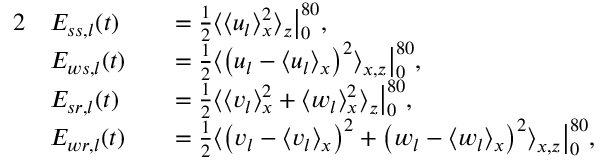
\begin{array} { r l r l } { { 2 } } & { E _ { s s , l } ( t ) } & & { = \frac { 1 } { 2 } \big \langle \langle u _ { l } \rangle _ { x } ^ { 2 } \big \rangle _ { z } \big | _ { 0 } ^ { 8 0 } , } \\ & { E _ { w s , l } ( t ) } & & { = \frac { 1 } { 2 } \big \langle \big ( u _ { l } - \langle u _ { l } \rangle _ { x } \big ) ^ { 2 } \big \rangle _ { x , z } \big | _ { 0 } ^ { 8 0 } , } \\ & { E _ { s r , l } ( t ) } & & { = \frac { 1 } { 2 } \big \langle \langle v _ { l } \rangle _ { x } ^ { 2 } + \langle w _ { l } \rangle _ { x } ^ { 2 } \big \rangle _ { z } \big | _ { 0 } ^ { 8 0 } , } \\ & { E _ { w r , l } ( t ) } & & { = \frac { 1 } { 2 } \big \langle \big ( v _ { l } - \langle v _ { l } \rangle _ { x } \big ) ^ { 2 } + \big ( w _ { l } - \langle w _ { l } \rangle _ { x } \big ) ^ { 2 } \big \rangle _ { x , z } \big | _ { 0 } ^ { 8 0 } , } \end{array}